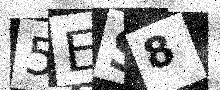
Text: 5ES8